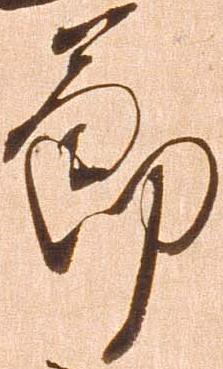
節